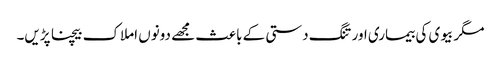
مگر بیوی کی بیماری اور تنگ دستی کے باعث مجھے دونوں املاک بیچنا پڑیں۔